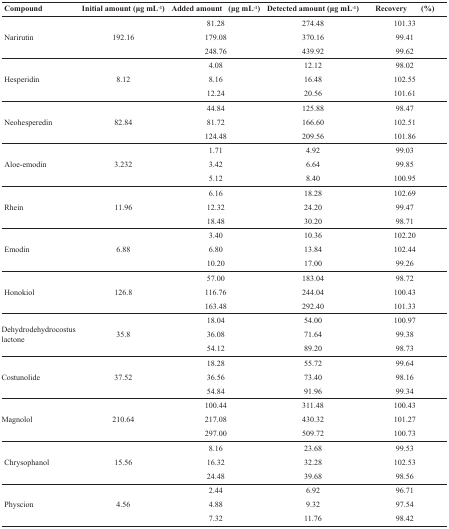
<table><thead><tr><td><b>Compound</b></td><td><b>Initial amount (μg mL<sup>-1</sup>)</b></td><td><b>Added amount (μg mL<sup>-1</sup>)</b></td><td><b>Detected amount (μg mL<sup>-1</sup>)</b></td><td><b>Recovery (%)</b></td></tr></thead><tbody><tr><td rowspan="3">Narirutin</td><td rowspan="3">192.16</td><td>81.28</td><td>274.48</td><td>101.33</td></tr><tr><td>179.08</td><td>370.16</td><td>99.41</td></tr><tr><td>248.76</td><td>439.92</td><td>99.62</td></tr><tr><td rowspan="3">Hesperidin</td><td rowspan="3">8.12</td><td>4.08</td><td>12.12</td><td>98.02</td></tr><tr><td>8.16</td><td>16.48</td><td>102.55</td></tr><tr><td>12.24</td><td>20.56</td><td>101.61</td></tr><tr><td rowspan="3">Neohesperedin</td><td rowspan="3">82.84</td><td>44.84</td><td>125.88</td><td>98.47</td></tr><tr><td>81.72</td><td>166.60</td><td>102.51</td></tr><tr><td>124.48</td><td>209.56</td><td>101.86</td></tr><tr><td rowspan="3">Aloe-emodin</td><td rowspan="3">3.232</td><td>1.71</td><td>4.92</td><td>99.03</td></tr><tr><td>3.42</td><td>6.64</td><td>99.85</td></tr><tr><td>5.12</td><td>8.40</td><td>100.95</td></tr><tr><td rowspan="3">Rhein</td><td rowspan="3">11.96</td><td>6.16</td><td>18.28</td><td>102.69</td></tr><tr><td>12.32</td><td>24.20</td><td>99.47</td></tr><tr><td>18.48</td><td>30.20</td><td>98.71</td></tr><tr><td rowspan="3">Emodin</td><td rowspan="3">6.88</td><td>3.40</td><td>10.36</td><td>102.20</td></tr><tr><td>6.80</td><td>13.84</td><td>102.44</td></tr><tr><td>10.20</td><td>17.00</td><td>99.26</td></tr><tr><td rowspan="3">Honokiol</td><td rowspan="3">126.8</td><td>57.00</td><td>183.04</td><td>98.72</td></tr><tr><td>116.76</td><td>244.04</td><td>100.43</td></tr><tr><td>163.48</td><td>292.40</td><td>101.33</td></tr><tr><td rowspan="3">Dehydrodehydrocostus lactone</td><td rowspan="3">35.8</td><td>18.04</td><td>54.00</td><td>100.97</td></tr><tr><td>36.08</td><td>71.64</td><td>99.38</td></tr><tr><td>54.12</td><td>89.20</td><td>98.73</td></tr><tr><td rowspan="3">Costunolide</td><td rowspan="3">37.52</td><td>18.28</td><td>55.72</td><td>99.64</td></tr><tr><td>36.56</td><td>73.40</td><td>98.16</td></tr><tr><td>54.84</td><td>91.96</td><td>99.34</td></tr><tr><td rowspan="3">Magnolol</td><td rowspan="3">210.64</td><td>100.44</td><td>311.48</td><td>100.43</td></tr><tr><td>217.08</td><td>430.32</td><td>101.27</td></tr><tr><td>297.00</td><td>509.72</td><td>100.73</td></tr><tr><td rowspan="3">Chrysophanol</td><td rowspan="3">15.56</td><td>8.16</td><td>23.68</td><td>99.53</td></tr><tr><td>16.32</td><td>32.28</td><td>102.53</td></tr><tr><td>24.48</td><td>39.68</td><td>98.56</td></tr><tr><td rowspan="3">Physcion</td><td rowspan="3">4.56</td><td>2.44</td><td>6.92</td><td>96.71</td></tr><tr><td>4.88</td><td>9.32</td><td>97.54</td></tr><tr><td>7.32</td><td>11.76</td><td>98.42</td></tr></tbody></table>